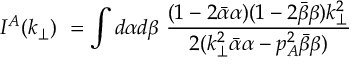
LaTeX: I ^ { A } ( k _ { \perp } ) ~ = \int d \alpha d \beta ~ { \frac { ( 1 - 2 \bar { \alpha } \alpha ) ( 1 - 2 \bar { \beta } \beta ) k _ { \perp } ^ { 2 } } { 2 ( k _ { \perp } ^ { 2 } \bar { \alpha } \alpha - p _ { A } ^ { 2 } \bar { \beta } \beta ) } }